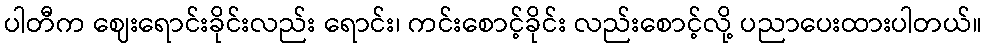
ပါတီက ဈေးရောင်းခိုင်းလည်း ရောင်း၊ ကင်းစောင့်ခိုင်း လည်းစောင့်လို့ ပညာပေးထားပါတယ်။